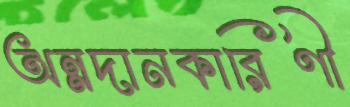
অন্নদানকারিণী